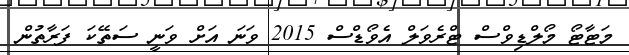
މަޓާޓޯ މޯލްޑިވްސް ޓްރެވަލް އެވޯޑްސް 2015 ވަނަ އަށް ވަނީ ސަތޭކަ ފަރާތުން